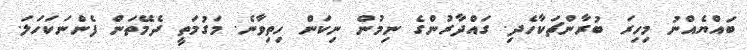
ބައްޔެއްނު މިހިރަ ބުރާންޗަކާހެދި. ގައްދާރުންގެ ނިމުން ނިކަން ހިތިވާނެ. މަގުމަތީ ދެމޭތަން ފެންނަކަހަލަ.